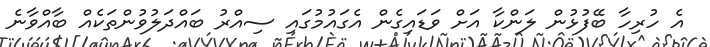
އެ ހުރިހާ ބޭފުޅުން ލަންކާ އަށް ވަޑައިގެން އެގައުމުގައި ސިއްރު ބައްދަލުވުންތަކެއް ބާއްވާނެ